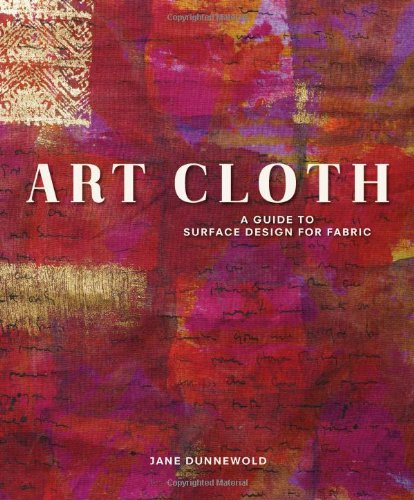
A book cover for Art Cloth: A Guide to Surface Design for Fabric; Jane Dunnewold; Arts & Photography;